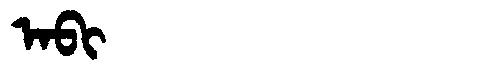
Manchu: ᠠᠪᡳ
Romanization: ABI